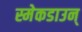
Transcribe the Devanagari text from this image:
स्मेकडाउन्